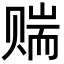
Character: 𬥼